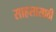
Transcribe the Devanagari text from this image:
साहसासाठी